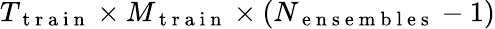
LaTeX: T_{\mathrm{~t~r~a~i~n~}}\times M_{\mathrm{~t~r~a~i~n~}}\times(N_{\mathrm{~e~n~s~e~m~b~l~e~s~}}-1)